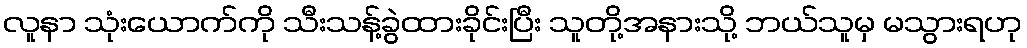
လူနာ သုံးယောက်ကို သီးသန့်ခွဲထားခိုင်းပြီး သူတို့အနားသို့ ဘယ်သူမှ မသွားရဟု